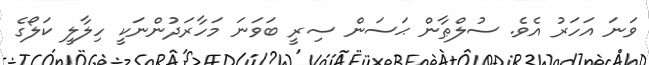
ވަނަ އަހަރު އެވެ. ސުލްޠާން ޙަސަން ސިރީ ބަވަނަ މަހާރަދުންނަކީ ހިލާލީ ކަލޯގެ